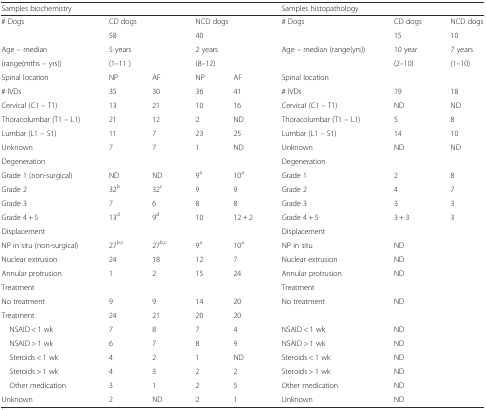
<table><thead><tr><td colspan="5"><b>Samples biochemistry</b></td><td colspan="3"><b>Samples histopathology</b></td></tr></thead><tbody><tr><td rowspan="2"># Dogs</td><td colspan="2">CD dogs</td><td colspan="2">NCD dogs</td><td rowspan="2"># Dogs</td><td>CD dogs</td><td>NCD dogs</td></tr><tr><td colspan="2">58</td><td colspan="2">40</td><td>15</td><td>10</td></tr><tr><td>Age – median</td><td colspan="2">5 years</td><td colspan="2">2 years</td><td rowspan="2">Age – median (range(yrs))</td><td>10 year</td><td>7 years</td></tr><tr><td>(range(mths – yrs))</td><td colspan="2">(1–11 )</td><td colspan="2">(8–12)</td><td>(2–10)</td><td>(1–10)</td></tr><tr><td>Spinal location</td><td>NP</td><td>AF</td><td>NP</td><td>AF</td><td colspan="3">Spinal location</td></tr><tr><td># IVDs</td><td>35</td><td>30</td><td>36</td><td>41</td><td># IVDs</td><td>19</td><td>18</td></tr><tr><td>Cervical (C1 – T1)</td><td>13</td><td>21</td><td>10</td><td>16</td><td>Cervical (C1 – T1)</td><td>ND</td><td>ND</td></tr><tr><td>Thoracolumbar (T1 – L1)</td><td>21</td><td>12</td><td>2</td><td>ND</td><td>Thoracolumbar (T1 – L1)</td><td>5</td><td>8</td></tr><tr><td>Lumbar (L1 – S1)</td><td>11</td><td>7</td><td>23</td><td>25</td><td>Lumbar (L1 – S1)</td><td>14</td><td>10</td></tr><tr><td>Unknown</td><td>7</td><td>7</td><td>1</td><td>ND</td><td>Unknown</td><td>ND</td><td>ND</td></tr><tr><td colspan="5">Degeneration</td><td colspan="3">Degeneration</td></tr><tr><td>Grade 1 (non-surgical)</td><td>ND</td><td>ND</td><td>9<sup>a</sup></td><td>10<sup>a</sup></td><td>Grade 1</td><td>2</td><td>8</td></tr><tr><td>Grade 2</td><td>32<sup>b</sup></td><td>32<sup>c</sup></td><td>9</td><td>9</td><td>Grade 2</td><td>4</td><td>7</td></tr><tr><td>Grade 3</td><td>7</td><td>6</td><td>8</td><td>8</td><td>Grade 3</td><td>3</td><td>3</td></tr><tr><td>Grade 4 + 5</td><td>13<sup>d</sup></td><td>9<sup>d</sup></td><td>10</td><td>12 + 2</td><td>Grade 4 + 5</td><td>3 + 3</td><td>3</td></tr><tr><td colspan="5">Displacement</td><td colspan="3">Displacement</td></tr><tr><td>NP in situ (non-surgical)</td><td>27<sup>b,c</sup></td><td>27<sup>b,c</sup></td><td>9<sup>a</sup></td><td>10<sup>a</sup></td><td>NP in situ</td><td colspan="2">ND</td></tr><tr><td>Nuclear extrusion</td><td>24</td><td>18</td><td>12</td><td>7</td><td>Nuclear extrusion</td><td colspan="2">ND</td></tr><tr><td>Annular protrusion</td><td>1</td><td>2</td><td>15</td><td>24</td><td>Annular protrusion</td><td colspan="2">ND</td></tr><tr><td colspan="5">Treatment</td><td colspan="3">Treatment</td></tr><tr><td>No treatment</td><td>9</td><td>9</td><td>14</td><td>20</td><td>No treatment</td><td colspan="2">ND</td></tr><tr><td>Treatment</td><td>24</td><td>21</td><td>20</td><td>20</td><td></td><td colspan="2"></td></tr><tr><td> NSAID &lt; 1 wk</td><td>7</td><td>8</td><td>7</td><td>4</td><td>NSAID &lt; 1 wk</td><td colspan="2">ND</td></tr><tr><td> NSAID &gt; 1 wk</td><td>6</td><td>7</td><td>8</td><td>9</td><td>NSAID &gt; 1 wk</td><td colspan="2">ND</td></tr><tr><td> Steroids &lt; 1 wk</td><td>4</td><td>2</td><td>1</td><td>ND</td><td>Steroids &lt; 1 wk</td><td colspan="2">ND</td></tr><tr><td> Steroids &gt; 1 wk</td><td>4</td><td>3</td><td>2</td><td>2</td><td>Steroids &gt; 1 wk</td><td colspan="2">ND</td></tr><tr><td> Other medication</td><td>3</td><td>1</td><td>2</td><td>5</td><td>Other medication</td><td colspan="2">ND</td></tr><tr><td>Unknown</td><td>2</td><td>ND</td><td>2</td><td>1</td><td>Unknown</td><td colspan="2">ND</td></tr></tbody></table>